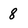
Character: 8